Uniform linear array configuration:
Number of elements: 16
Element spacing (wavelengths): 0.75
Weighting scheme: binomial
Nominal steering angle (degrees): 15
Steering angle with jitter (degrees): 15.792
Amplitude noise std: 0.05
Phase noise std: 0.05

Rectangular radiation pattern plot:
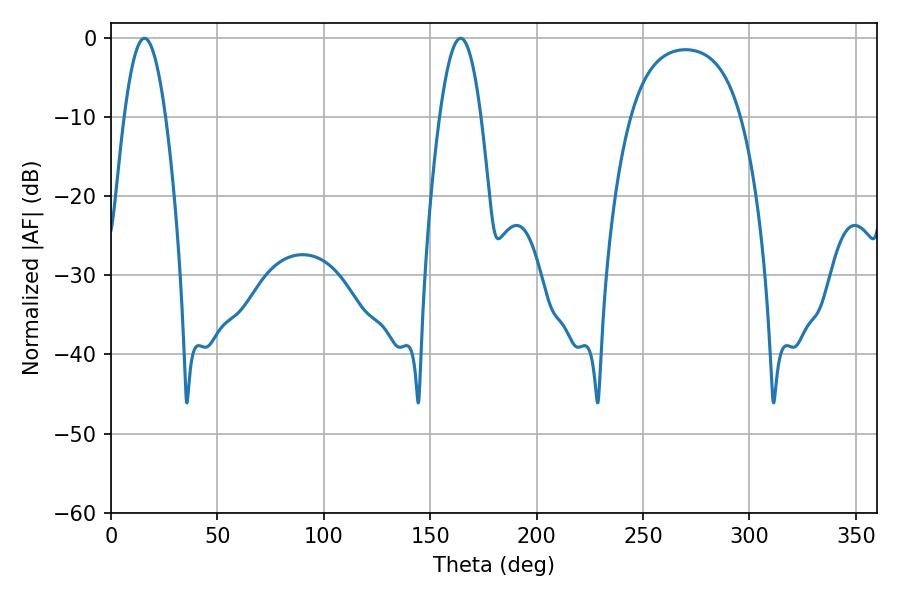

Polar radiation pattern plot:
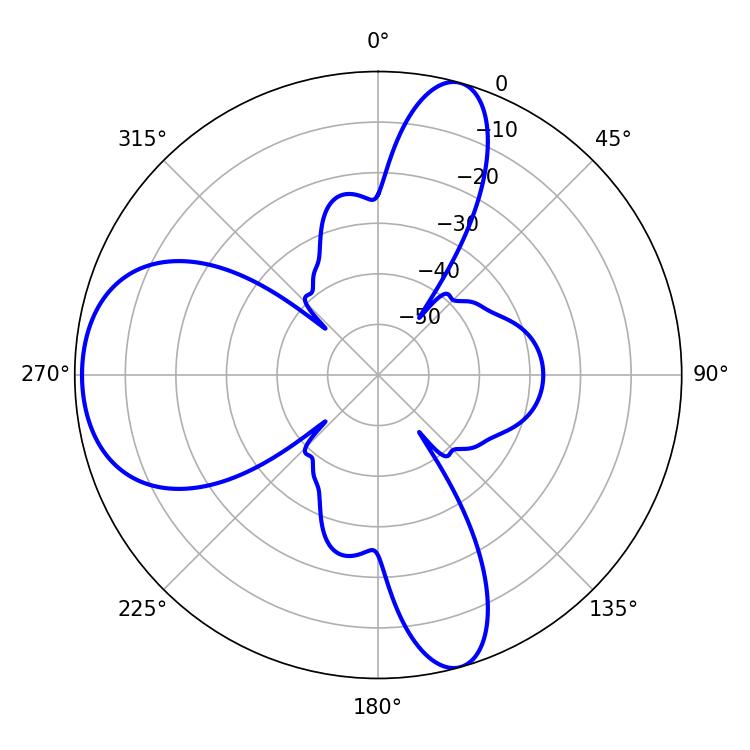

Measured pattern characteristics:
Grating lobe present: TRUE
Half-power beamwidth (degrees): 10.62
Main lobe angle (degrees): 164.34